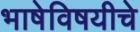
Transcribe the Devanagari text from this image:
भाषेविषयीचे